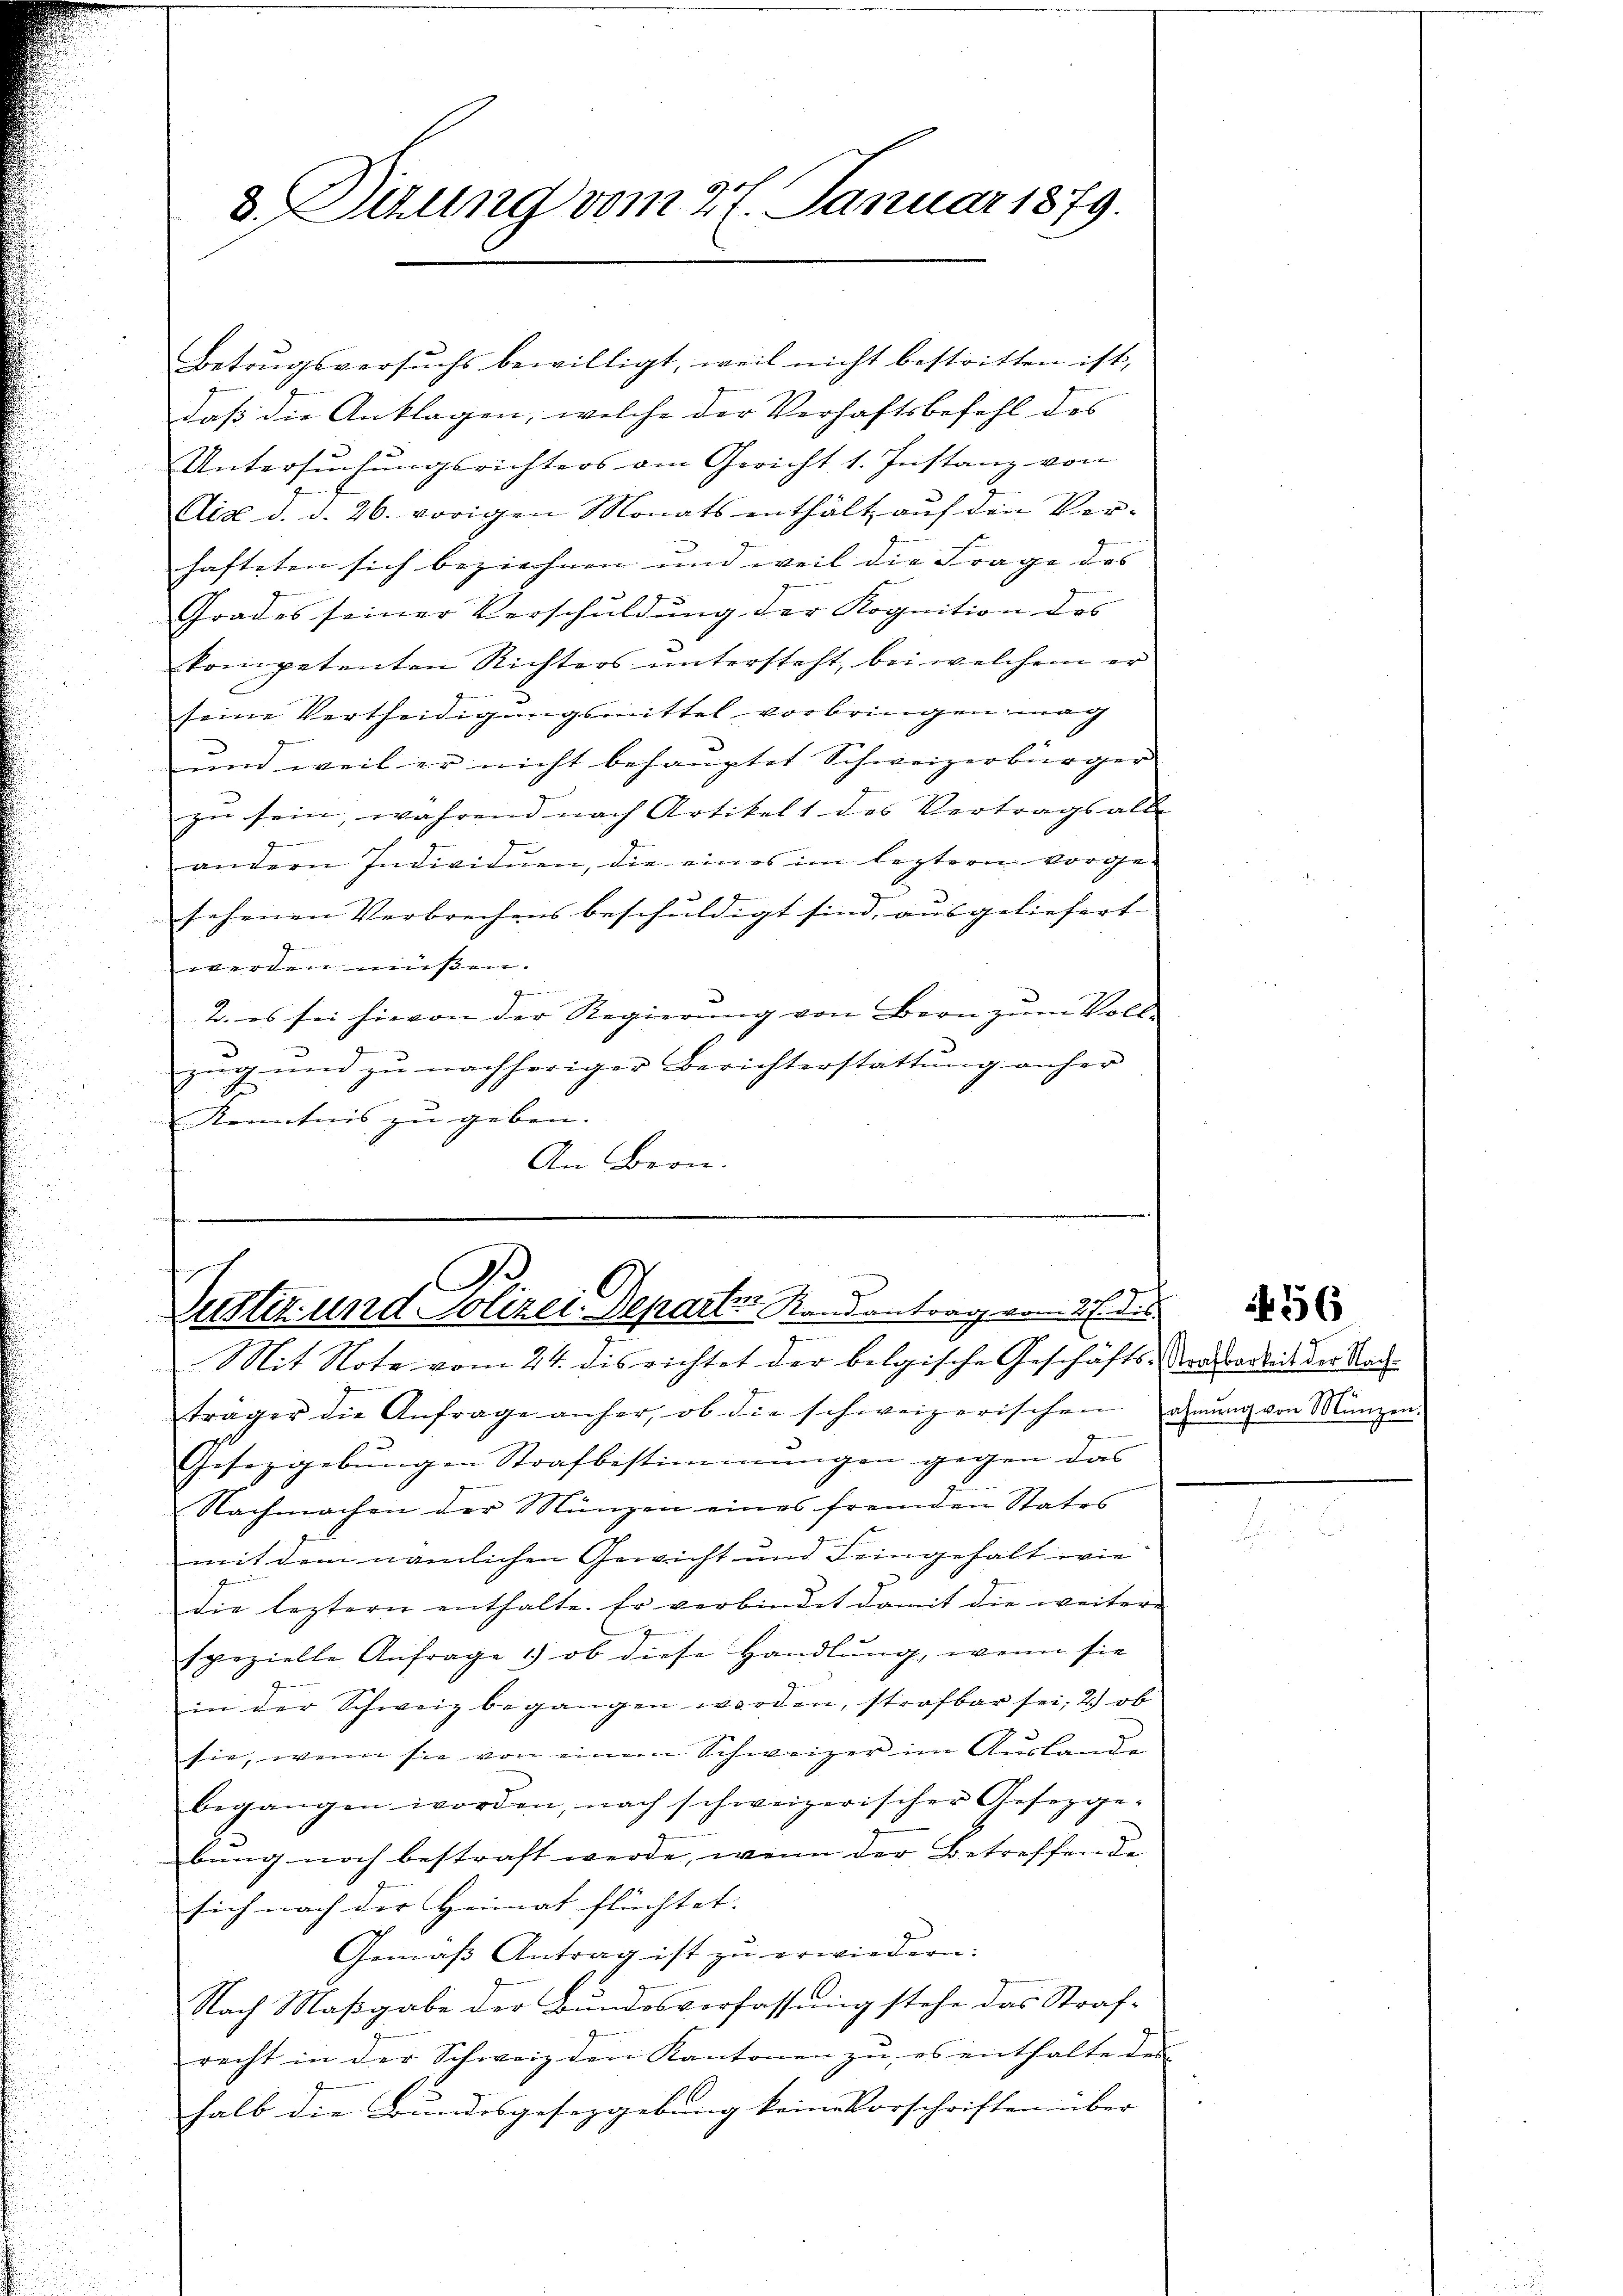
3. Tizung vom 27. Januar 1879.

Betrugsversuchs bewilligt, weil nicht bestritten ist,
daß die Anklagen, welche der Verhaftsbefehl des
Untersŭchŭngsrichters am Gericht 1. Instanz von
Aid d. d. 26. vorigen Monats enthält auf den Verhafteten sich beziehnen und weil die Frage des |
Grades seiner Verschuldung der Kognition des
kompetenten Richters untersteht, bei welchem er
seine Vertheidigungsmittel vorbringen mag
und weil er nicht behauptet Schweizerbürger
zu sein, während nach Artikel 1 des Vertragsalte
e
andern Individuen, die eines im leztern vorge-
sehenen Verbrechens beschuldigt sind, ausgeliefert
werden müßen.
J
2. es sei hievon der Regierung von Bern zum Vollzŭg und zŭ nachheriger Berichterstattŭng anher
2
Kenntnis zu geben.
An Bern.

A
1
Justiz und Polizei Departen Randantrag vom 27. die
 Mit Note vom 24. dis richtet der belgische Geschäfts-Sandbodens der Koch¬

träger die Anfrage anher, ob die schweizerischen ahnŭng von Münzen.
Gesezgebungen Strafbestimmungen gegen das
Nachmachen der Münzen eines fremden Statos
mit dem nämlichen Gewicht und Leingehalt wie
die leztern enthalte. Er verbindet damit die weitere
spezielle Anfrage 1) ob diese Handlung, wenn sie
in der Schweiz begangen worden, strafbar sei, 2) ob
sie, wenn sie von einem Schweizer im Auslande
begangen worden, nach schweizerischer Gesetzge-
bung noch bestraft werde, wenn der Betreffende
sich nach der Heimat flüchtet. |
Gemäβ Antrag ist zŭ erwiedern:
Nach Maßgabe der Bundesverfassung stehe das Strafrecht in der Schweiz den Kantonen zu, es enthalte des
halb die Bundesgesetzgebung keine Vorschriften über

1456